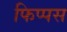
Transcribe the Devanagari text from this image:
फिप्पस